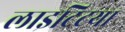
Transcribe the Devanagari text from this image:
लाइटिटया